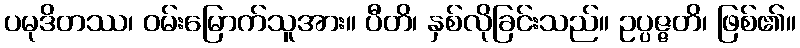
ပမုဒိတဿ၊ ဝမ်းမြောက်သူအား။ ပီတိ၊ နှစ်လိုခြင်းသည်။ ဥပ္ပဇ္ဇတိ၊ ဖြစ်၏။